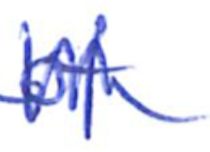
Text: of
Cross-out: mix
Writing tool: ballpoint